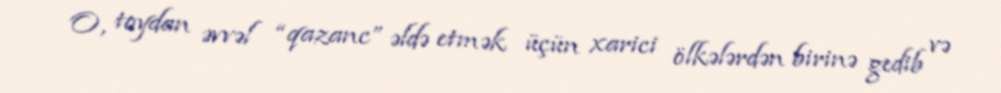
O, toydan əvvəl “qazanc” əldə etmək üçün xarici ölkələrdən birinə gedib və